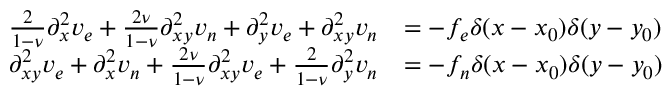
\begin{array} { r l r } { \frac { 2 } { 1 - \nu } \partial _ { x } ^ { 2 } v _ { e } + \frac { 2 \nu } { 1 - \nu } \partial _ { x y } ^ { 2 } v _ { n } + \partial _ { y } ^ { 2 } v _ { e } + \partial _ { x y } ^ { 2 } v _ { n } } & { = - f _ { e } \delta ( x - x _ { 0 } ) \delta ( y - y _ { 0 } ) } & \\ { \partial _ { x y } ^ { 2 } v _ { e } + \partial _ { x } ^ { 2 } v _ { n } + \frac { 2 \nu } { 1 - \nu } \partial _ { x y } ^ { 2 } v _ { e } + \frac { 2 } { 1 - \nu } \partial _ { y } ^ { 2 } v _ { n } } & { = - f _ { n } \delta ( x - x _ { 0 } ) \delta ( y - y _ { 0 } ) } & \end{array}